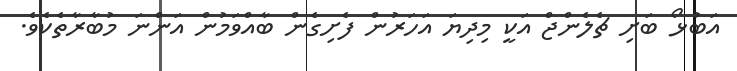
އަބުޅޯ ބަށި ޗެލެންޖް އަކީ މިދިޔަ އަހަރުން ފެށިގެން ބާއްވަމުން އަންނަ މުބާރާތެކެވެ.